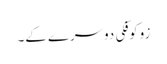
زوکوفکی دوسرے کے۔